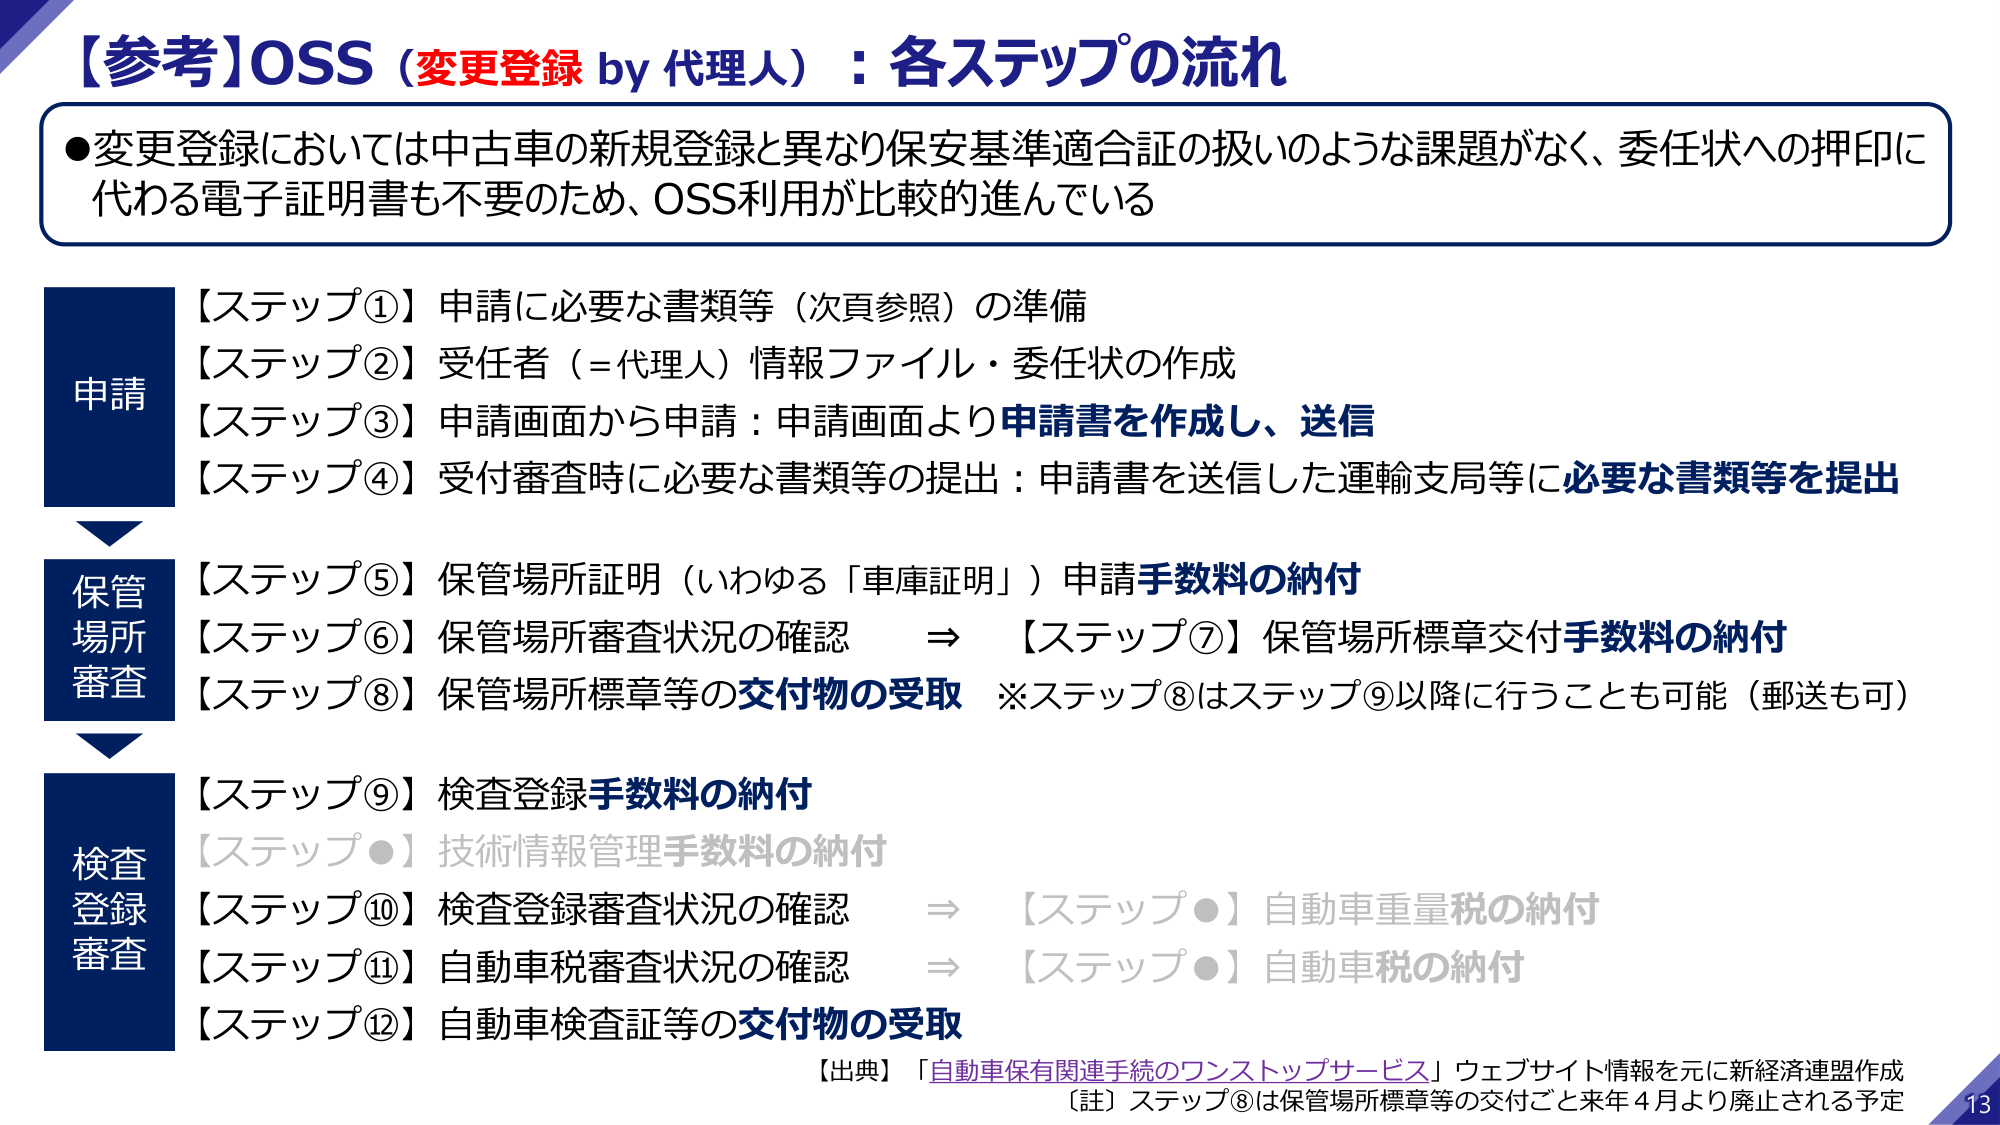
【参考】OSS（変更登録 by 代理人）：各ステップの流れ

●変更登録においては中古車の新規登録と異なり保安基準適合証の扱いのような課題がなく、委任状への押印に代わる電子証明書も不要のため、OSS利用が比較的進んでいる

申請
【ステップ①】申請に必要な書類等（次頁参照）の準備
【ステップ②】受任者（＝代理人）情報ファイル・委任状の作成
【ステップ③】申請画面から申請：申請画面より申請書を作成し、送信
【ステップ④】受付審査時に必要な書類等の提出：申請書を送信した運輸支局等に必要な書類等を提出

保管
場所
審査
【ステップ⑤】保管場所証明（いわゆる「車庫証明」）申請手数料の納付
【ステップ⑥】保管場所審査状況の確認　⇒　【ステップ⑦】保管場所標章交付手数料の納付
【ステップ⑧】保管場所標章等の交付物の受取　※ステップ⑧はステップ⑨以降に行うことも可能（郵送も可）

検査
登録
審査
【ステップ⑨】検査登録手数料の納付
【ステップ●】技術情報管理手数料の納付
【ステップ⑩】検査登録審査状況の確認　⇒　【ステップ●】自動車重量税の納付
【ステップ⑪】自動車税審査状況の確認　⇒　【ステップ●】自動車税の納付
【ステップ⑫】自動車検査証等の交付物の受取

【出典】「自動車保有関連手続のワンストップサービス」ウェブサイト情報を元に新経済連盟作成
【註】ステップ⑧は保管場所標章等の交付ごと来年4月より廃止される予定

13